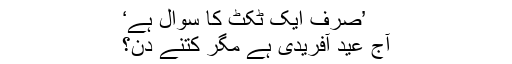
’صرف ایک ٹکٹ کا سوال ہے‘
آج عیدِ آفریدی ہے مگر کتنے دن؟